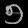
Digit: ၅